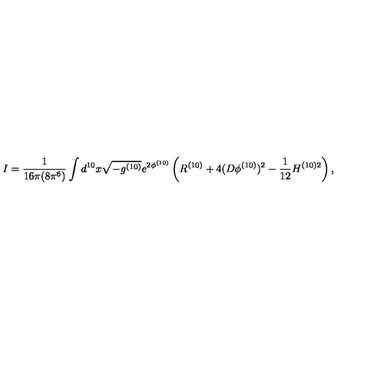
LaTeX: I = \frac { 1 } { 1 6 \pi ( 8 \pi ^ { 6 } ) } \int d ^ { 1 0 } x \sqrt { - g ^ { ( 1 0 ) } } e ^ { 2 \phi ^ { ( 1 0 ) } } \left( R ^ { ( 1 0 ) } + 4 ( D \phi ^ { ( 1 0 ) } ) ^ { 2 } - \frac { 1 } { 1 2 } H ^ { ( 1 0 ) 2 } \right) ,